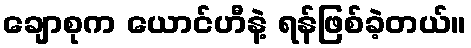
ချောစုက ယောင်ဟီနဲ့ ရန်ဖြစ်ခဲ့တယ်။